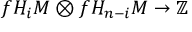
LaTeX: f H _ { i } M \otimes f H _ { n - i } M \to \mathbb { Z }